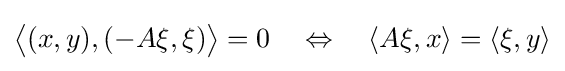
{\bigl \langle }(x,y),(-A\xi ,\xi ){\bigr \rangle }=0\quad \Leftrightarrow \quad \langle A\xi ,x\rangle =\langle \xi ,y\rangle